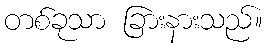
တစ်ခုသာ ခြားနားသည်။